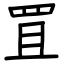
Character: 罝